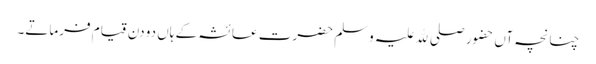
چنانچہ آں حضور صلی ﷲ علیہ وسلم حضرت عائشہ کے ہاں دو دن قیام فرماتے۔